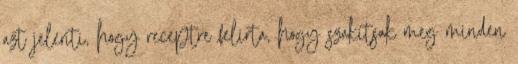
azt jelenti, hogy receptre felirta, hogy szakítsak meg minden